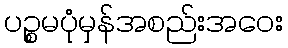
ပဉ္စမပုံမှန်အစည်းအဝေး